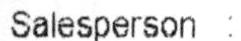
SALESPERSON :